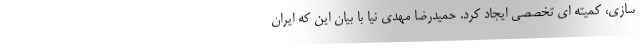
سازی، کمیته ای تخصصی ایجاد کرد. حمیدرضا مهدی نیا با بیان این که ایران